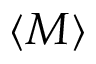
\langle M \rangle